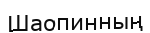
Шаопинның